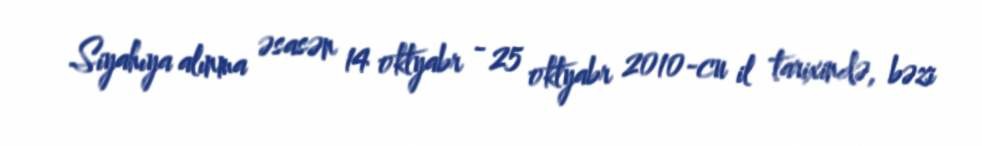
Siyahıya alınma əsasən 14 oktyabr - 25 oktyabr 2010-cu il tarixində, bəzi